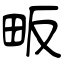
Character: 畈